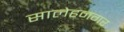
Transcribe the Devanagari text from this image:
सालेहनगर